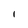
Character: l